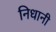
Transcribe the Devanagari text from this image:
निधानी